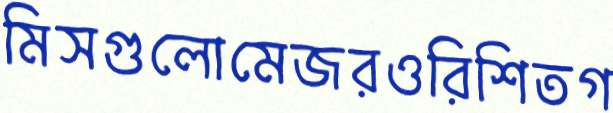
মিসগুলোমেজরওরিশিতগ